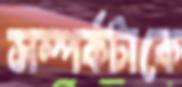
সম্পর্কটাকে